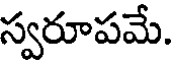
స్వరూపమే.